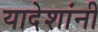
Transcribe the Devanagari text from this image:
यादेशांनी